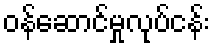
ဝန်ဆောင်မှုလုပ်ငန်း